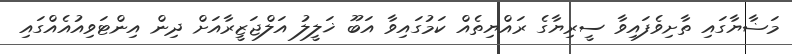
މަޟާޔާގައި ތާށިވެފައިވާ ސީރިޔާގެ ރައްޔިތެއް ކަމުގައިވާ އަބޫ ޚަލީލު އަލްޖަޒީރާއަށް ދިން އިންޓަވިއުއެއްގައި